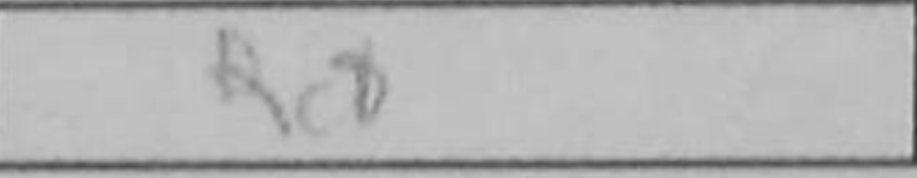
Transcription: Rc8